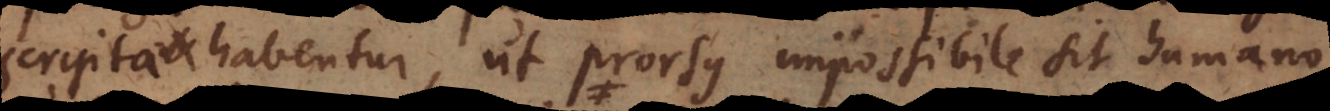
scripta habentur, ut prorsus impossibile sit humano